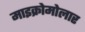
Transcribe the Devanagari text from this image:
माइक्रोमोलार